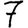
Digit: 7